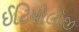
ઈટિયોલૉજી